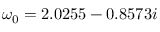
\omega _ { 0 } = 2 . 0 2 5 5 - 0 . 8 5 7 3 i